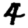
Digit: 4